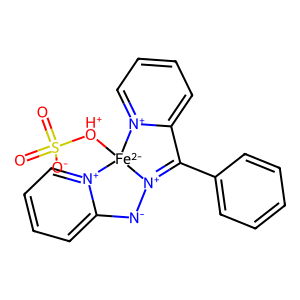
SMILES: O=S(=O)([O-])[OH+][Fe-2]12[N+](=C(c3ccccc3)c3cccc[n+]31)[N-]c1cccc[n+]12
Inhibits HIV replication: No